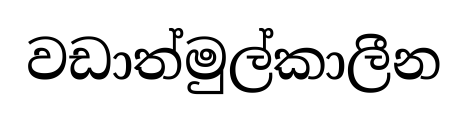
වඩාත්මුල්කාලීන